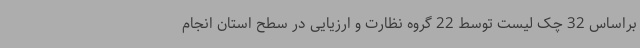
براساس 32 چک لیست توسط 22 گروه نظارت و ارزیایی در سطح استان انجام